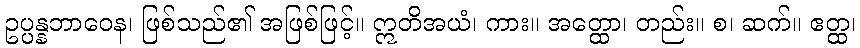
ဥပ္ပန္နဘာဝေန၊ ဖြစ်သည်၏ အဖြစ်ဖြင့်။ ဣတိအယံ၊ ကား။ အတ္ထော၊ တည်း။ စ၊ ဆက်။ ဧတ္ထ၊